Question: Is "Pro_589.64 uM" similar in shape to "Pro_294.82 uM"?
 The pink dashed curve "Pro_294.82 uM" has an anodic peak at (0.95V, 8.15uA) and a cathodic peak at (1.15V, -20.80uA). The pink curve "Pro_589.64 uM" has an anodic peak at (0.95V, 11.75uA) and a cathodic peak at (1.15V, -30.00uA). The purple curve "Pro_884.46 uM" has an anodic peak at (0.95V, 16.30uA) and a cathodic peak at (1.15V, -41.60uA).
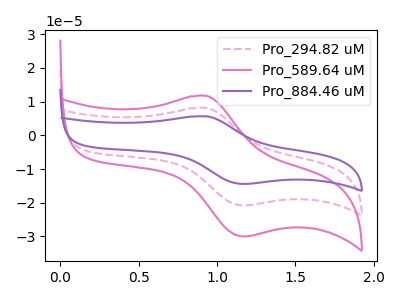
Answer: <think>All the peaks in "Pro_589.64 uM" have a peak in "Pro_294.82 uM" at the same potential. Every peak in "Pro_589.64 uM" is higher than every peak in "Pro_294.82 uM".
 </think>
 <answer>"Pro_589.64 uM" and "Pro_294.82 uM" are similar in shape.</answer>
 <eval>same_shape</eval>